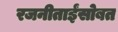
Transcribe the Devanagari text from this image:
रजनीताईंसोबत